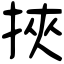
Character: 挾